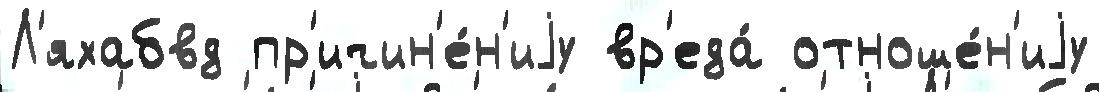
Л'яхабвд пр'ичин'е́н'иjу вр'еда́ отноше́н'иjу